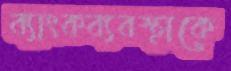
ব্যাংকব্যবস্থাকে